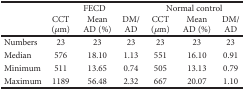
<table><thead><tr><td rowspan="2"></td><td colspan="3"><b>FECD</b></td><td colspan="3"><b>Normal control</b></td></tr><tr><td><b>CCT (<i>μ</i>m)</b></td><td><b>Mean AD (%)</b></td><td><b>DM/AD</b></td><td><b>CCT (<i>μ</i>m)</b></td><td><b>Mean AD (%)</b></td><td><b>DM/AD</b></td></tr></thead><tbody><tr><td>Numbers</td><td>23</td><td>23</td><td>23</td><td>23</td><td>23</td><td>23</td></tr><tr><td>Median</td><td>576</td><td>18.10</td><td>1.13</td><td>551</td><td>16.10</td><td>0.91</td></tr><tr><td>Minimum</td><td>511</td><td>13.65</td><td>0.74</td><td>505</td><td>13.13</td><td>0.79</td></tr><tr><td>Maximum</td><td>1189</td><td>56.48</td><td>2.32</td><td>667</td><td>20.07</td><td>1.10</td></tr></tbody></table>